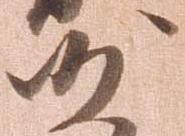
沙